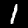
Digit: 1